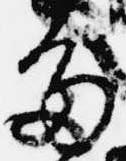
多